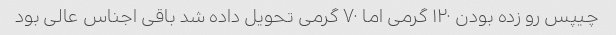
چیپس رو زده بودن ۱۲۰ گرمی اما ۷۰ گرمی تحویل داده شد باقی اجناس عالی بود